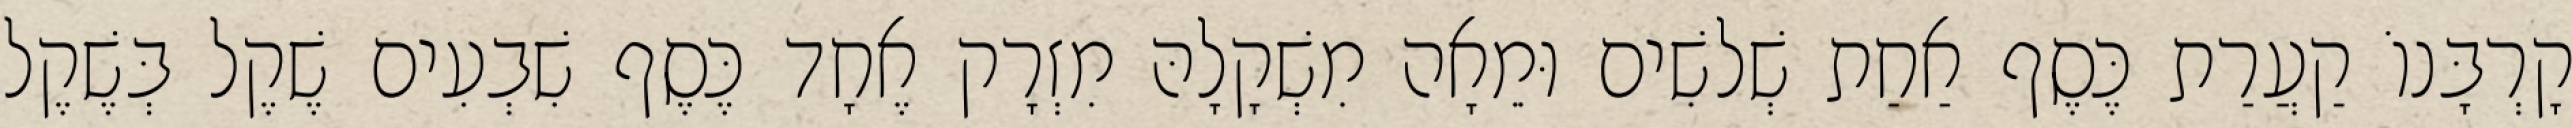
קָרְבָּנוֹ קַעֲרַת כֶּסֶף אַחַת שְׁלשִׁים וּמֵאָה מִשְׁקָלָהּ מִזְרָק אֶחָד כֶּסֶף שִׁבְעִים שֶׁקֶל בְּשֶׁקֶל